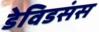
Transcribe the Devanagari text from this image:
डेविडसंस